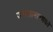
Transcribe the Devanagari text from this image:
जनसामान्‍यको